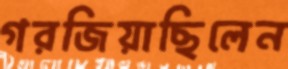
গরজিয়াছিলেন